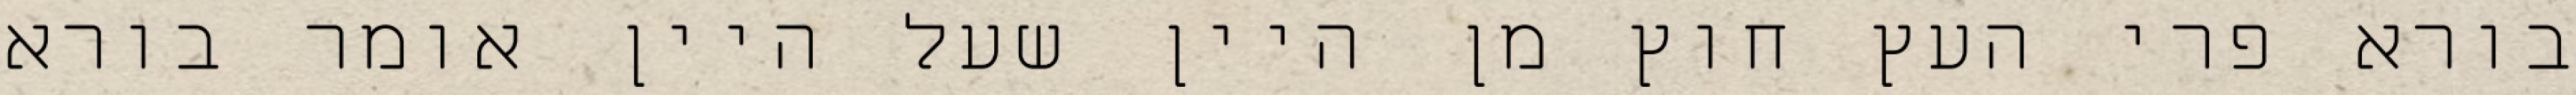
בורא פרי העץ חוץ מן היין שעל היין אומר בורא